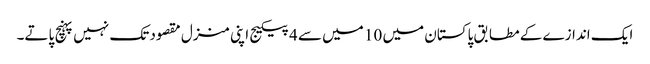
ایک اندازے کے مطابق پاکستان میں 10 میں سے 4 پیکیج اپنی منزل مقصود تک نہیں پہنچ پاتے۔